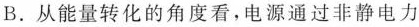
B. 从能量转化的角度看，电源通过非静电力